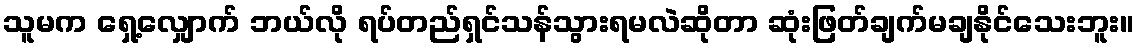
သူမက ရှေ့လျှောက် ဘယ်လို ရပ်တည်ရှင်သန်သွားရမလဲဆိုတာ ဆုံးဖြတ်ချက်မချနိုင်သေးဘူး။